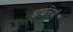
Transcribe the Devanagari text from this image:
डाइनियाँ